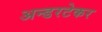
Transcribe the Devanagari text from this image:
अन्डरटेकर